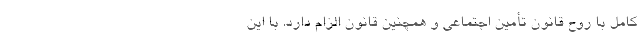
کامل با روح قانون تأمین اجتماعی و همچنین قانون الزام دارد. با این